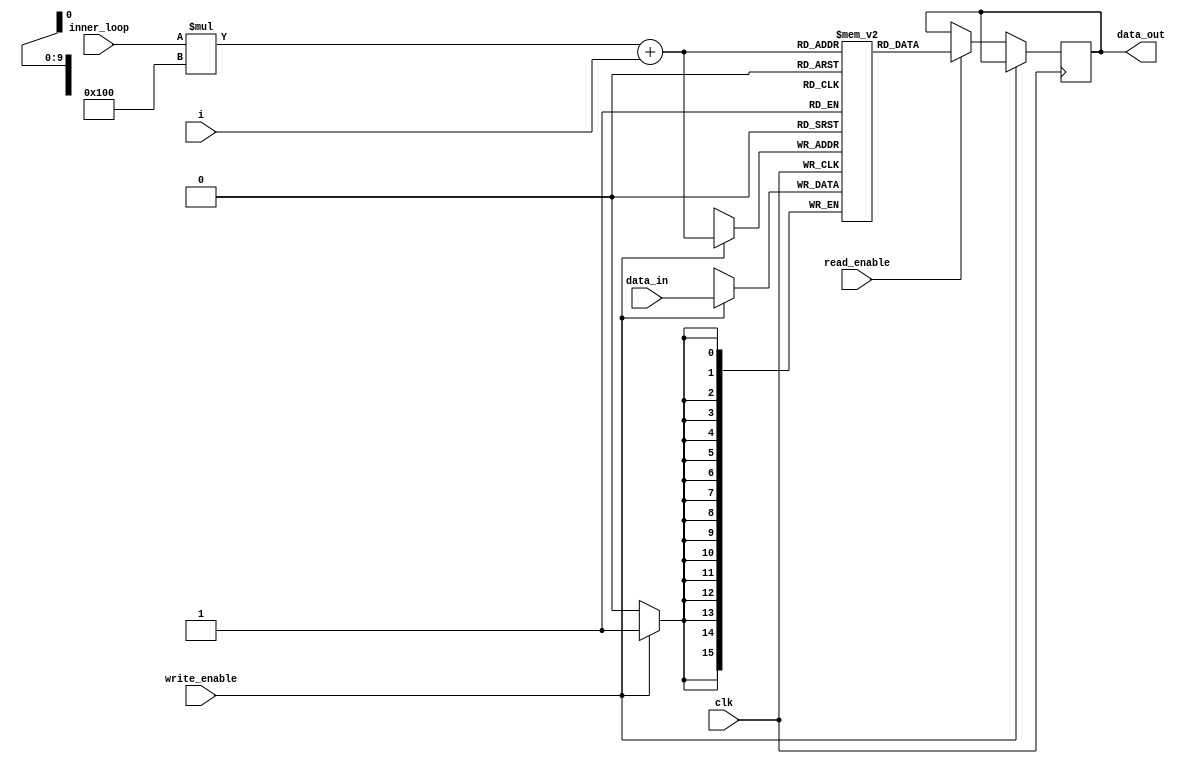
`timescale 1ns / 1ps

module rUSt_register #(
    parameter Kyber_Security = 3  // Default value, change as needed
)(
    input write_enable,
    input read_enable,
    input [7:0] i,
    input [2:0] inner_loop,

    input clk,
    input [15:0] data_in,
    output reg [15:0] data_out
);

    // Register array declaration
    reg [15:0] U [Kyber_Security - 1:0][255:0];

    always @(posedge clk)
    begin
      if(write_enable == 1'b1)
      begin
        U[inner_loop][i] <= data_in;
      end
      else if(read_enable == 1'b1)
      begin
        data_out <= U[inner_loop][i];
      end
    end

endmodule